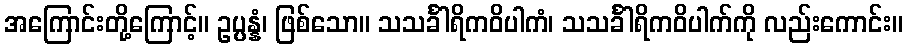
အကြောင်းတို့ကြောင့်။ ဥပ္ပန္နံ၊ ဖြစ်သော။ သသင်္ခါရိကဝိပါကံ၊ သသင်္ခါရိကဝိပါက်ကို လည်းကောင်း။